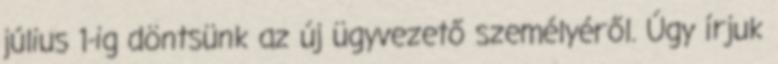
július 1-ig döntsünk az új ügyvezető személyéről. Úgy írjuk